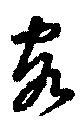
客